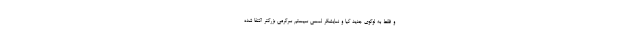
و فقط به لوگوی جدید کیا و نمایشگر لمسی سیستم سرگرمی بزرگتر اکتفا شده